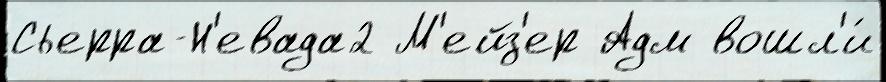
Сьерра-Н'евада2 М'ейз'ер Адм вошл'и́